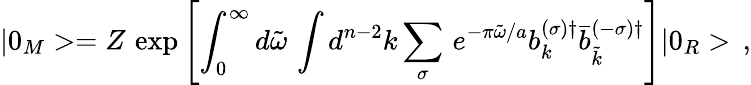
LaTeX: |0_{M}>=Z\, \exp\left[{\int_{0}^{\infty}d\tilde{\omega}\, \int d^{n-2}k\sum_{\sigma}\, e^{-\pi\tilde{\omega}/a}b_{k}^{(\sigma)\dagger}\bar{b}_{\tilde{k}}^{(-\sigma)\dagger}}\right]|0_{R}>\, {,}